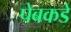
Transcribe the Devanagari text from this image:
पेबकडे